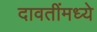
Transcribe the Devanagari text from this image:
दावतींमध्ये